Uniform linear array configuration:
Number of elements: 4
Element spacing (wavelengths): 0.25
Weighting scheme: exponential
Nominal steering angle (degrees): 0
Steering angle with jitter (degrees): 1.765
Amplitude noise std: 0.05
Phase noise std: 0.05

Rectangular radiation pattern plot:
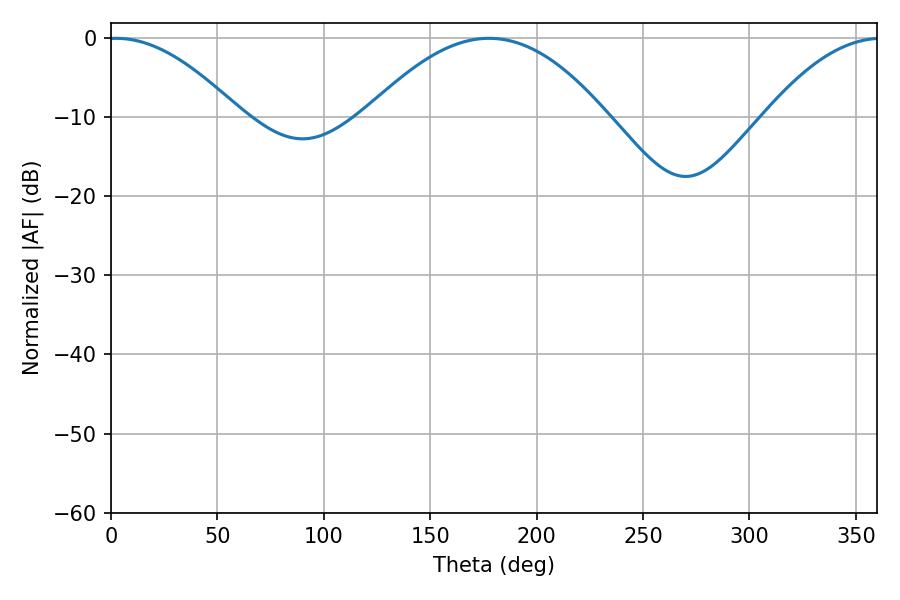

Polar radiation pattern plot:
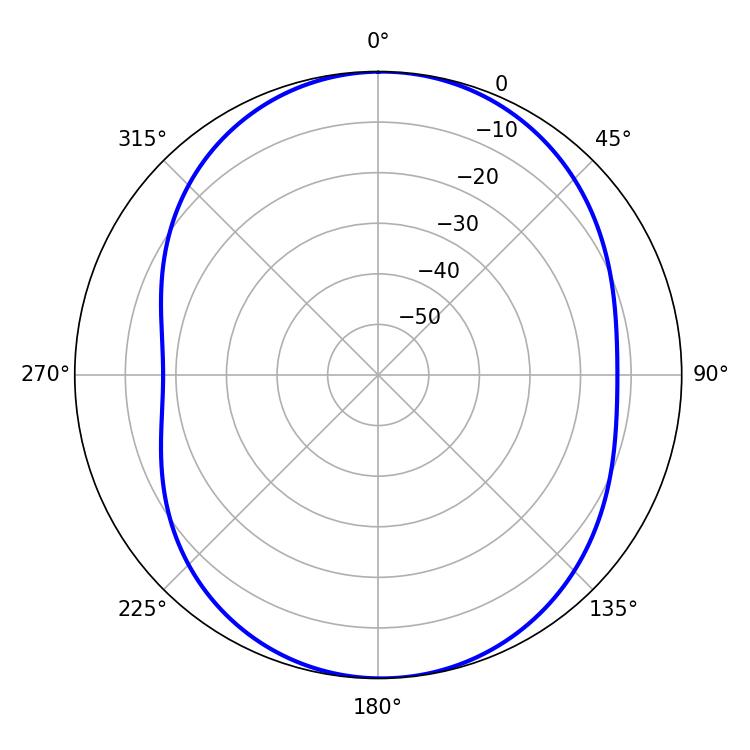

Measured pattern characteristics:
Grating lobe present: FALSE
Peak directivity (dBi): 11.475
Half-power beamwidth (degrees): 33.84
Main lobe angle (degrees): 2.34